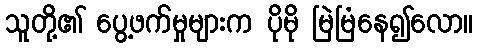
သူတို့၏ ပွေ့ဖက်မှုများက ပိုမို မြဲမြံနေ၍လော။